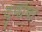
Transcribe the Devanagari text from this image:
दुर्वाषा